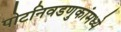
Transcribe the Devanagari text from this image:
पोटनिवडणुकांमध्ये